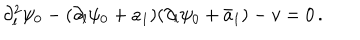
\partial _ { l } ^ { 2 } \psi _ { 0 } - ( \partial _ { l } \psi _ { 0 } + a _ { 1 } ) ( \partial _ { l } \psi _ { 0 } + \bar { a } _ { 1 } ) - v = 0 \, .